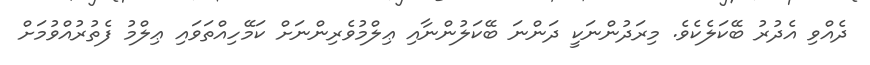
ދެއްވި އެދުރު ބޭކަލެކެވެ. މިރަދުންނަކީ ދަންނަ ބޭކަލުންނާއި ޢިލްމުވެރިންނަށް ކަމޭހިއްތަވައި ޢިލްމު ފެތުރުއްވުމަށް